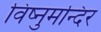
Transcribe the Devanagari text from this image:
विष्नुमन्दिर